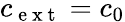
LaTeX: c_{\mathrm{~e~x~t~}}=c_{0}